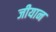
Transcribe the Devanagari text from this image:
जीयान